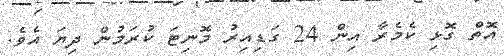
އޮތް ގޮޅި ކެމެރާ އިން 24 ގަޑިއިރު މޮނިޓަ ކުރަމުން ދިޔަ އެވެ.